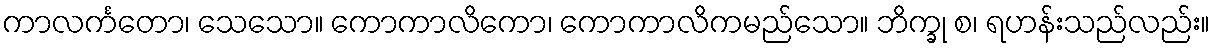
ကာလင်္ကတော၊ သေသော။ ကောကာလိကော၊ ကောကာလိကမည်သော။ ဘိက္ခု စ၊ ရဟန်းသည်လည်း။